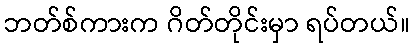
ဘတ်စ်ကားက ဂိတ်တိုင်းမှာ ရပ်တယ်။